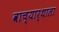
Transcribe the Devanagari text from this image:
वाच्यार्थाला